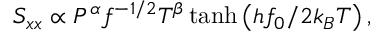
S _ { x x } \propto P ^ { \alpha } f ^ { - 1 / 2 } T ^ { \beta } \operatorname { t a n h } \left( h f _ { 0 } / 2 k _ { B } T \right) ,